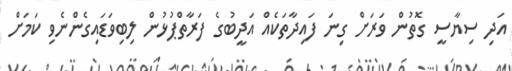
އަދި ސިޔާސީ ގޮތުން ވަރަށް ގިނަ ފައިދާތަކެއް އަދީބުގެ ފަރާތްޕުޅުން ލިބިވަޑައިގެންނެވި ކަމަށް